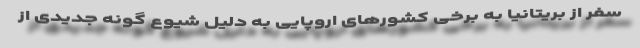
سفر از بریتانیا به برخی کشورهای اروپایی به دلیل شیوع گونه جدیدی از